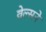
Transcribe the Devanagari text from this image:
वेल्सने